Lui_Olesk, lk 33
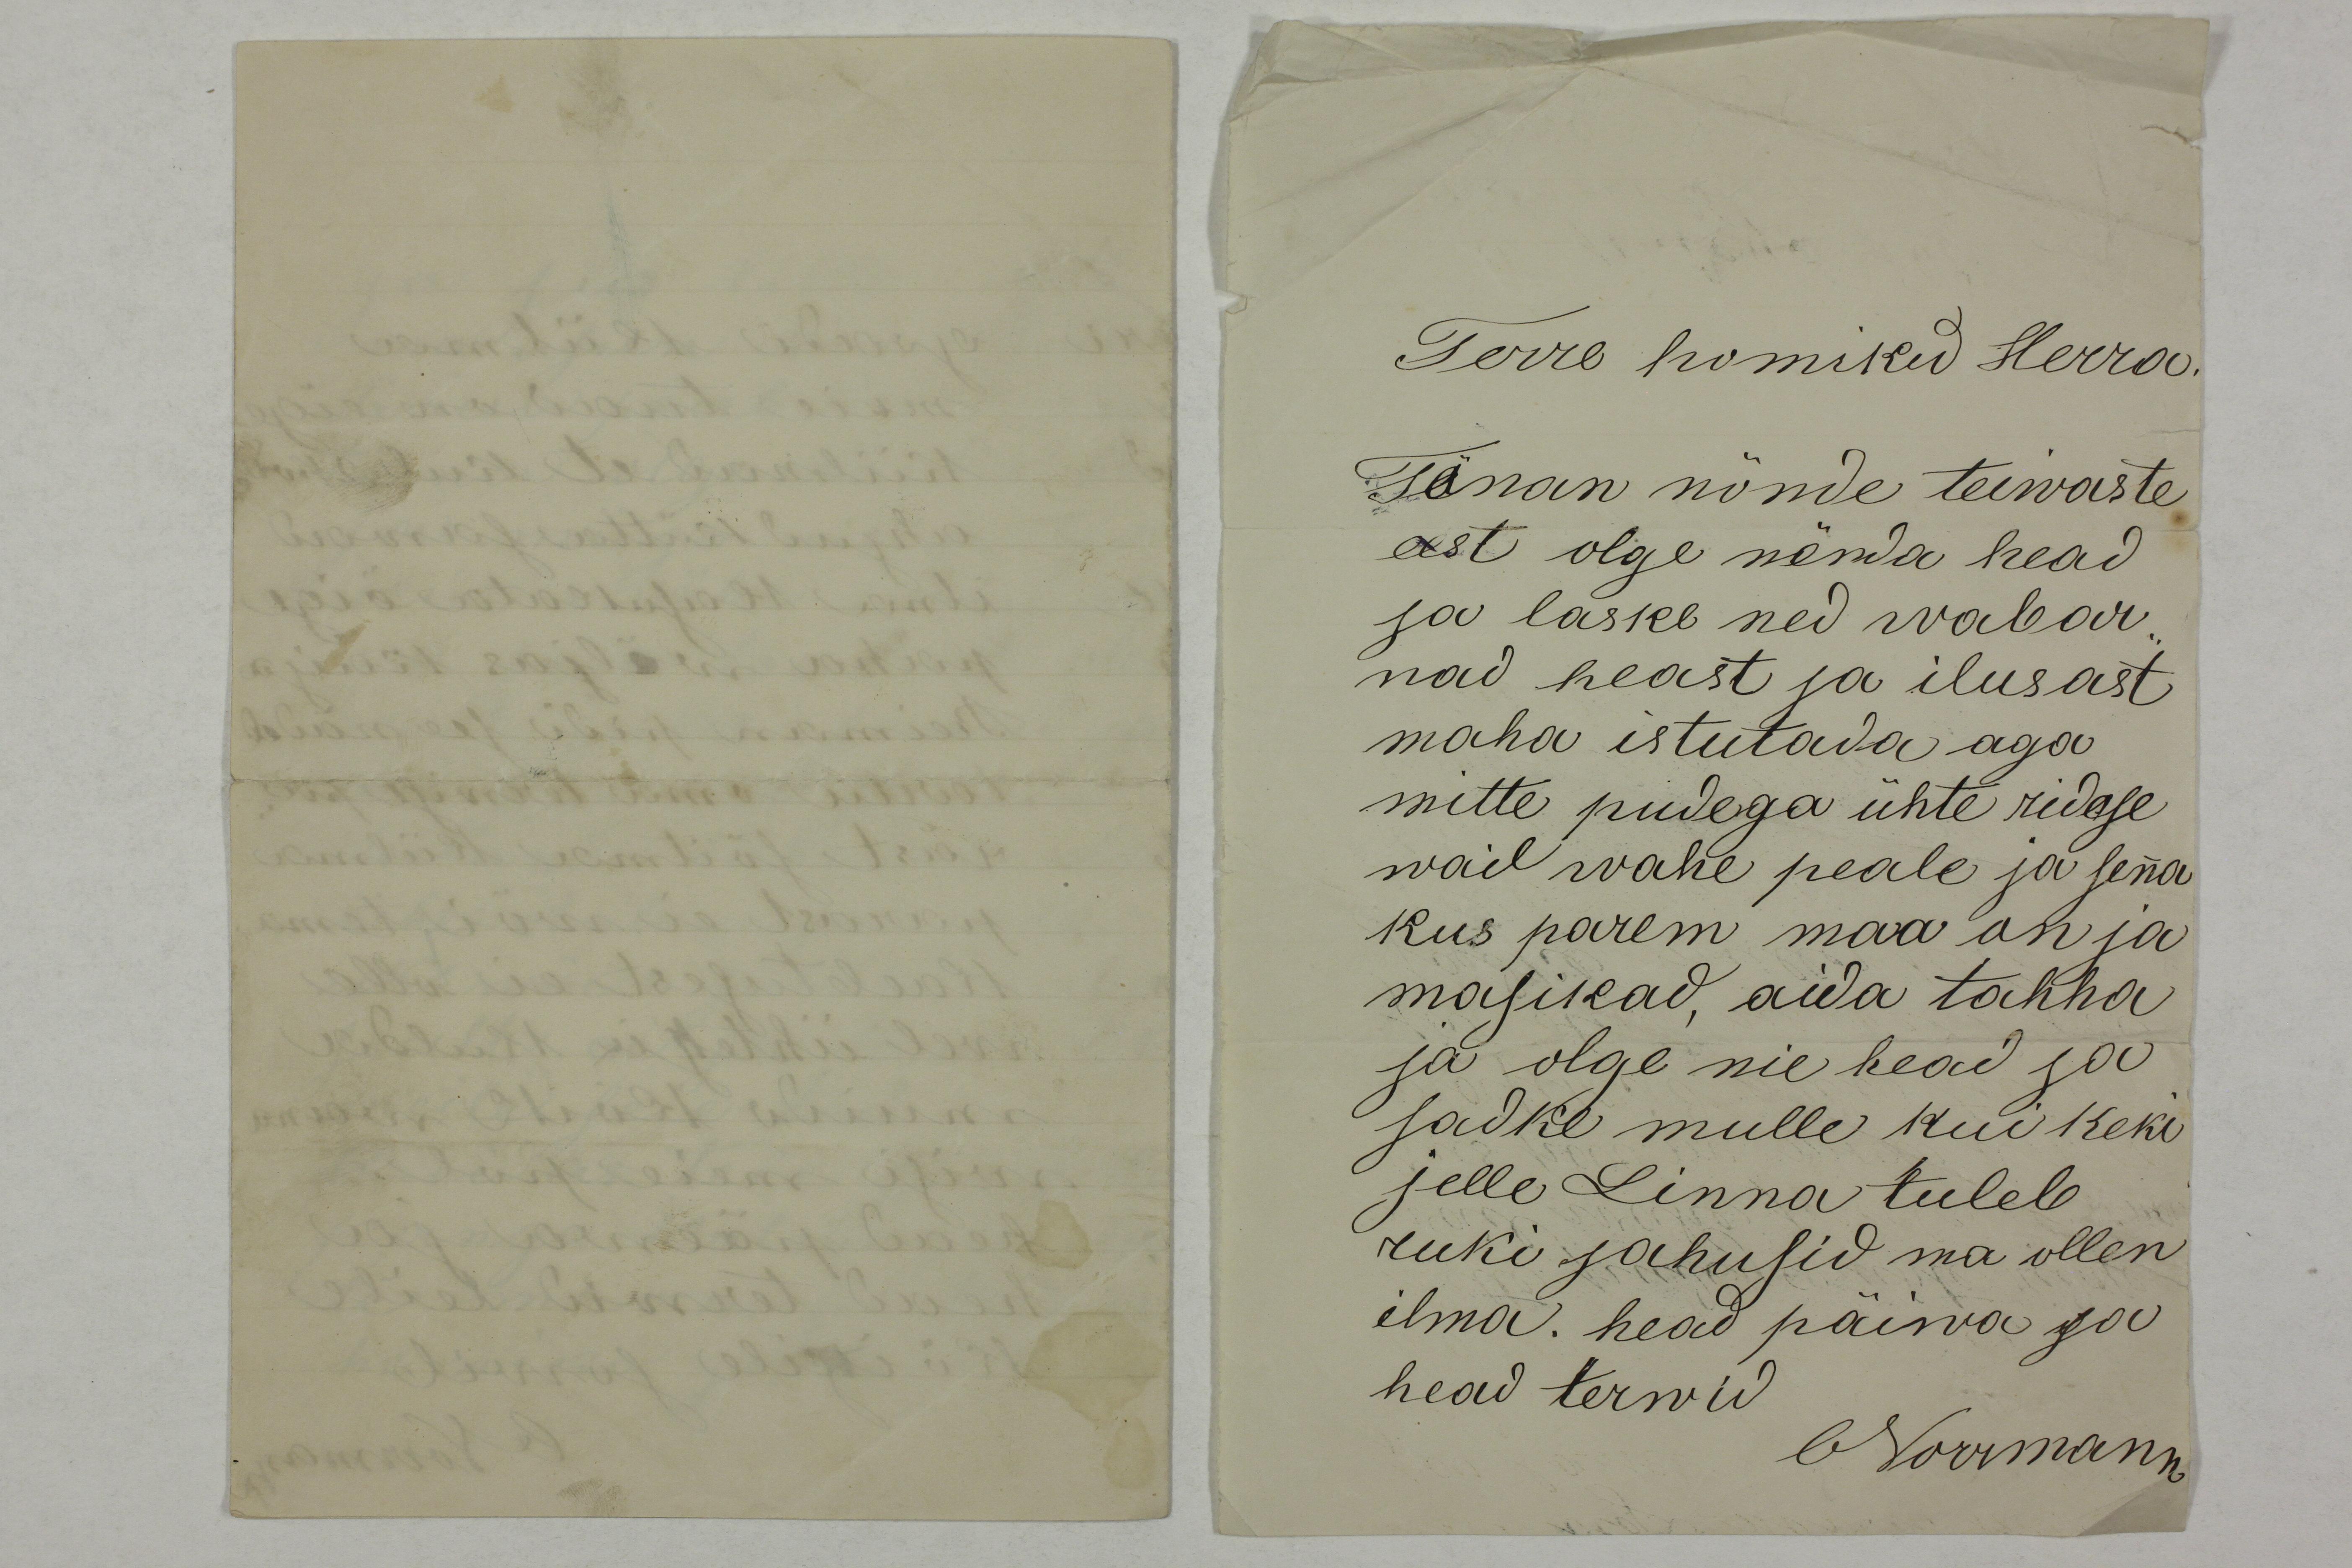
Terre homikud Herra.
Tänan nõnde teiwaste
eest olge nõnda head
ja laske ned wabar-
nad heast ja ilusast
maha istutada aga
mitte pudega ühte ridase
waid wahe peale ja senna
kus parem maa on ja
masikad, aida tahha
ja olge nie head ja
sadke mulle kui keki
jelle Linna tuleb
ruki jahusid ma ollen
ilma. head päiwa ja
head terwid
ONorrmann